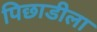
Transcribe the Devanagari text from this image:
पिछाडीला